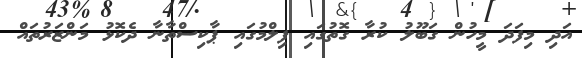
އަދި މިފަދަ މީހުން ގަބޫލު ކުރާ ގޮތުގައި ފިލްމުގައި ޕާކިސްތާނާ ދެކޮޅު މަންޒަރުތައް